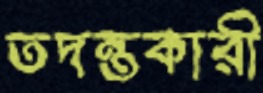
তদন্তকারী